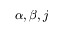
\alpha , \beta , j